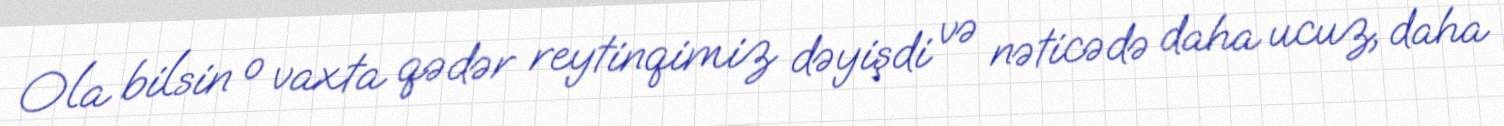
Ola bilsin o vaxta qədər reytinqimiz dəyişdi və nəticədə daha ucuz, daha